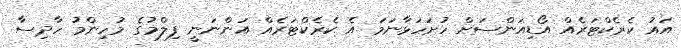
އައު ކެރެކްޓަރެއް އޯޑިއަންސަށް ހުށަހަޅާނަމަ އެ ކެރެކްޓަރެއް އަންނަނީ ފިލްމުގެ މުހިންމު ހާދިސާ